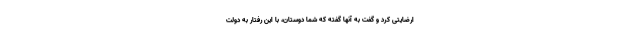
ارضایتى‌ كرد و گفت به آنها گفته که شما دوستان، با این رفتار به دولت